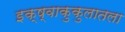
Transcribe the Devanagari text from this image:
इक्ष्वाकुकुलातला